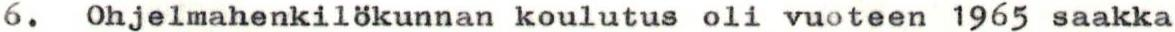
6. Ohjelmahenkilökunnan koulutus oli vuoteen 1965 saakka